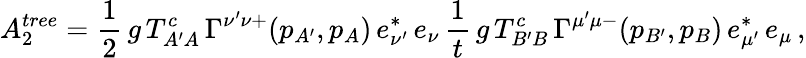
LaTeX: A_{2}^{tree}=\frac{1}{2}\, g\, T_{A^{\prime}A}^{c}\, \Gamma^{\nu^{\prime}\nu+}(p_{A^{\prime}},p_{A})\, e_{\nu^{\prime}}^{*}\, e_{\nu}\, \frac{1}{t}\, g\, T_{B^{\prime}B}^{c}\, \Gamma^{\mu^{\prime}\mu-}(p_{B^{\prime}},p_{B})\, e_{\mu^{\prime}}^{*}\, e_{\mu}\, ,